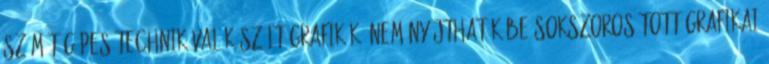
számítógépes technikával készült grafikák. Nem nyújthatók be sokszorosított grafikai